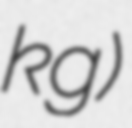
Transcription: kg)